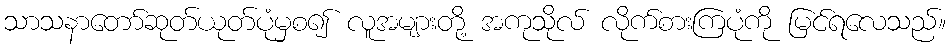
သာသနာတော်ဆုတ်ယုတ်ပုံမှစ၍ လူအများတို့ အကုသိုလ် လိုက်စားကြပုံကို မြင်ရလေသည်။